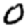
Digit: 0